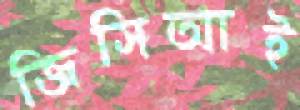
জিসিআই